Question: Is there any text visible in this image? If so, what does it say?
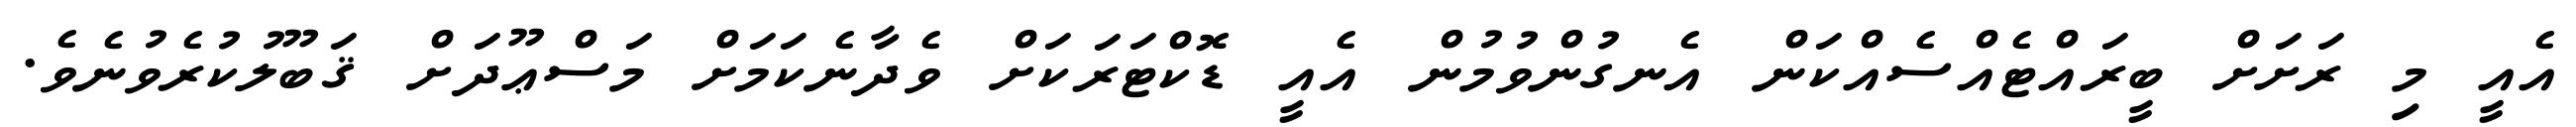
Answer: އެއީ މި ރަށަށް ބީރައްޓެއްސެއްކަން އެނގުންވުމުން އެއީ ޑޮކްޓަރަކަށް ވެދާނެކަމަށް މަސްޢޫދަށް ޤަބޫލުކުރެވުނެވެ.